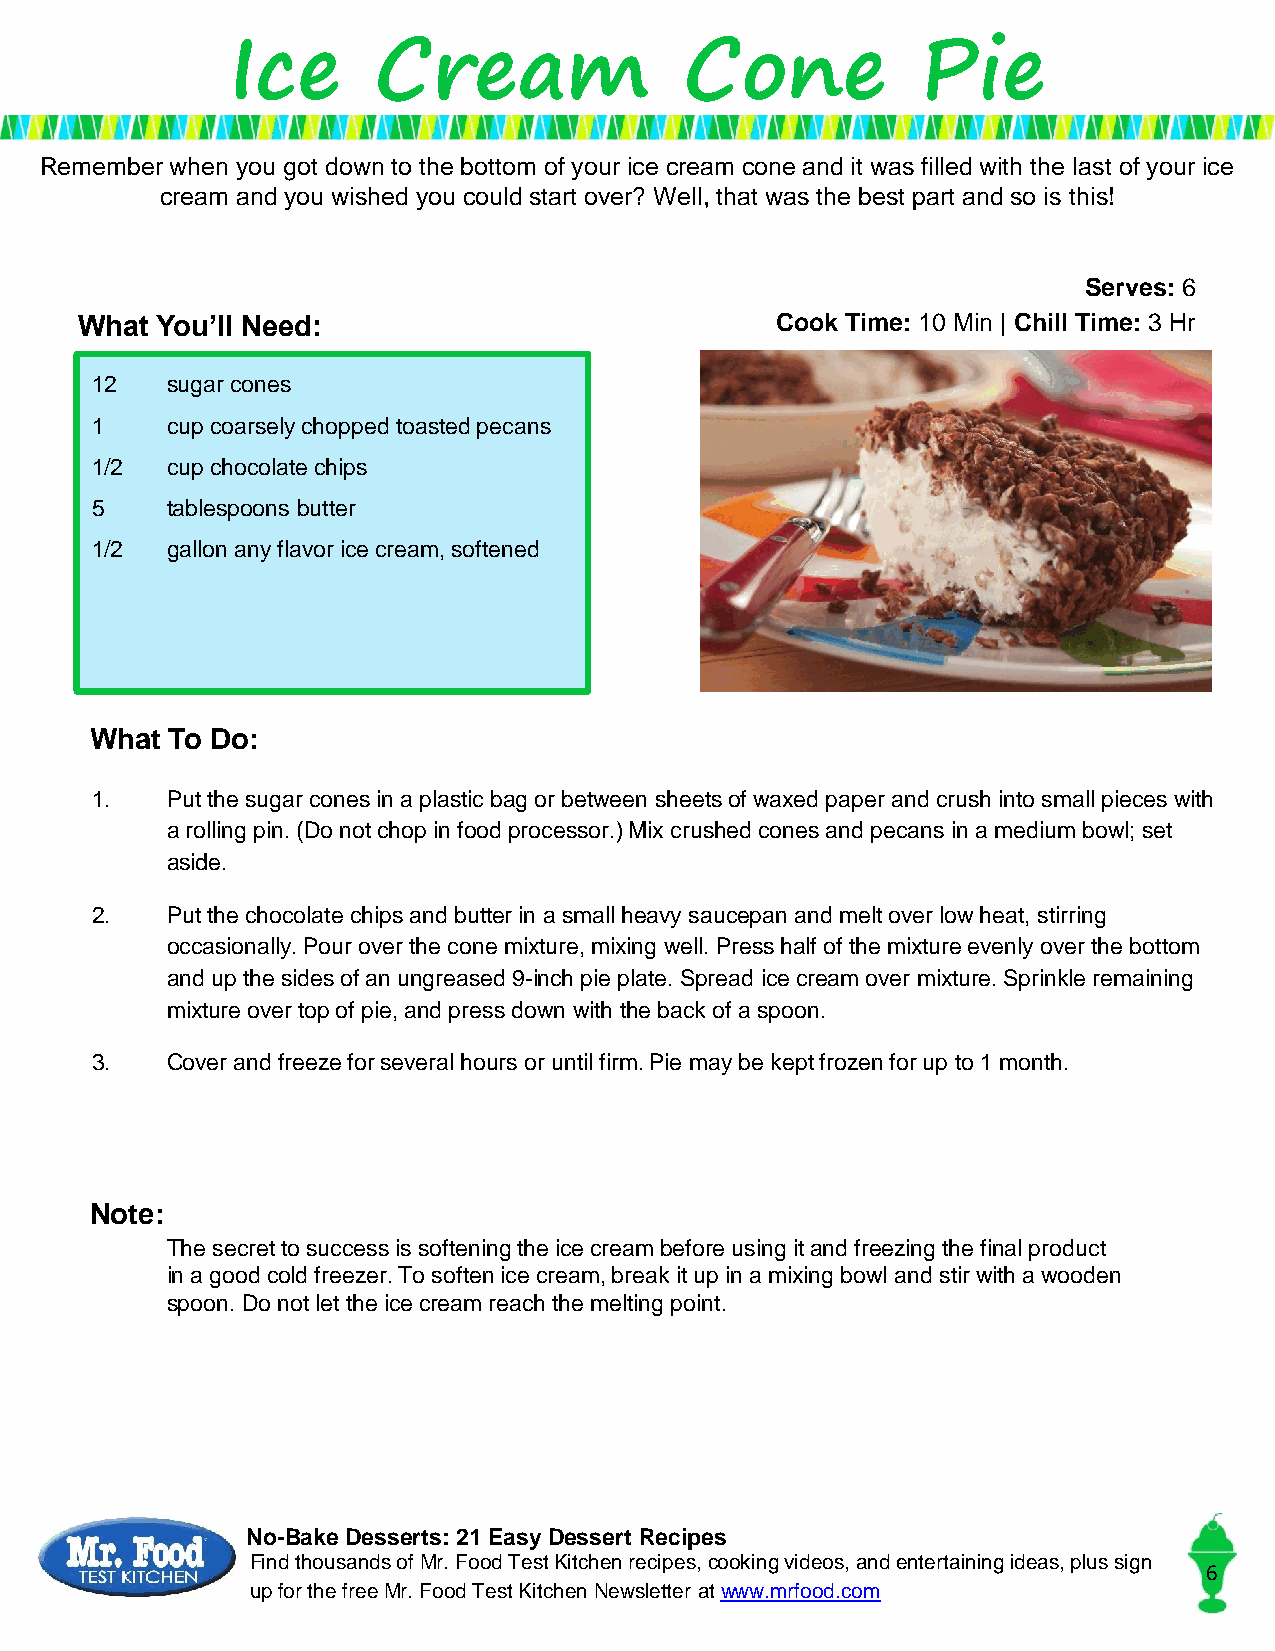
Ice       Cream               Cone            Pie
 Remember when you got down to the bottom of your ice cream cone and it was filled with the last of your ice
 cream and you wished you could start over? Well, that was the best part and so is this!
 Serves: 6
 What You’ll Need:                             Cook Time: 10 Min | Chill Time: 3 Hr
 12   sugar cones
 1    cup coarsely chopped toasted pecans
 1/2  cup chocolate chips
 5    tablespoons butter
 1/2  gallon any flavor ice cream, softened
 What To Do:
 1.   Put the sugar cones in a plastic bag or between sheets of waxed paper and crush into small pieces with
 a rolling pin. (Do not chop in food processor.) Mix crushed cones and pecans in a medium bowl; set
 aside.
 2.   Put the chocolate chips and butter in a small heavy saucepan and melt over low heat, stirring
 occasionally. Pour over the cone mixture, mixing well. Press half of the mixture evenly over the bottom
 and up the sides of an ungreased 9-inch pie plate. Spread ice cream over mixture. Sprinkle remaining
 mixture over top of pie, and press down with the back of a spoon.
 3.   Cover and freeze for several hours or until firm. Pie may be kept frozen for up to 1 month.
 Note:
 The secret to success is softening the ice cream before using it and freezing the final product
 in a good cold freezer. To soften ice cream, break it up in a mixing bowl and stir with a wooden
 spoon. Do not let the ice cream reach the melting point.
 No-Bake Desserts: 21 Easy Dessert Recipes
 Find thousands of Mr. Food Test Kitchen recipes, cooking videos, and entertaining ideas, plus sign
 6
 up for the free Mr. Food Test KitchenNewsletter at www.mrfood.com